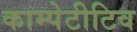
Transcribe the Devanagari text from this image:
काम्पेटीटिव